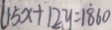
1 5 x + 1 2 y = 1 8 6 0